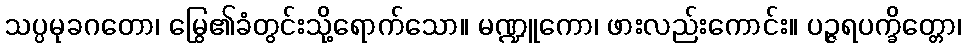
သပ္ပမုခဂတော၊ မြွေ၏ခံတွင်းသို့ရောက်သော။ မဏ္ဍူကော၊ ဖားလည်းကောင်း။ ပဉ္ဇရပက္ခိတ္တော၊